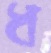
ধ